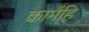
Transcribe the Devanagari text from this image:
कामेंहि